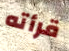
قرأته